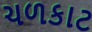
ચળકાટ